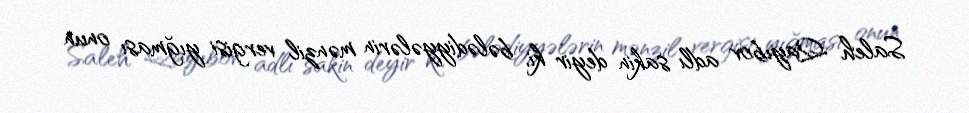
Saleh Qayıbov adlı sakin deyir ki, bələdiyyələrin mənzil vergisi yığması onun